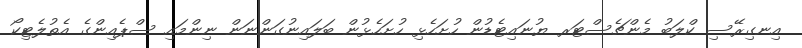
އިނގިރޭސި ކްލަބު މެންޗެސްޓަރ ޔުނައިޓެޑުން ހުށަހެޅި ހުށަހެޅުން ބަލައިނުގަންނަން ނިންމައި ސްޕެއިންގެ އެތުލެޓިކޯ